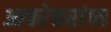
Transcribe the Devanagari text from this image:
आचरेकरांच्य